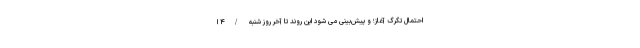
احتمال تگرگ آغاز؛ و پیش‌بینی می شود این روند تا آخر روز شنبه /۴ ا